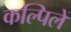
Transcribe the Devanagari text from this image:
कल्पिलें